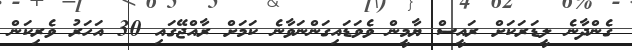
ގެންދާނެ ލީޑަރަކަށް ރައީސް ޔާމީން ވެވަޑައިގަންނަވާނެ ކަަމަށް ރާއްޖޭގައި 30 އަހަރު ވެރިކަން